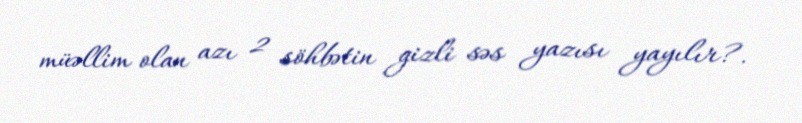
müəllim olan azı 2 söhbətin gizli səs yazısı yayılır?.